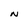
Character: N